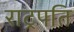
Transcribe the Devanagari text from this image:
राट्रपति